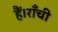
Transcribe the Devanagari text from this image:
हैं।राँची